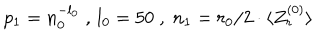
LaTeX: p _ { 1 } = n _ { 0 } ^ { - l _ { 0 } } \; , \, l _ { 0 } = 5 0 \; , \; n _ { 1 } = r _ { 0 } / 2 \cdot \langle Z _ { r } ^ { ( 0 ) } \rangle